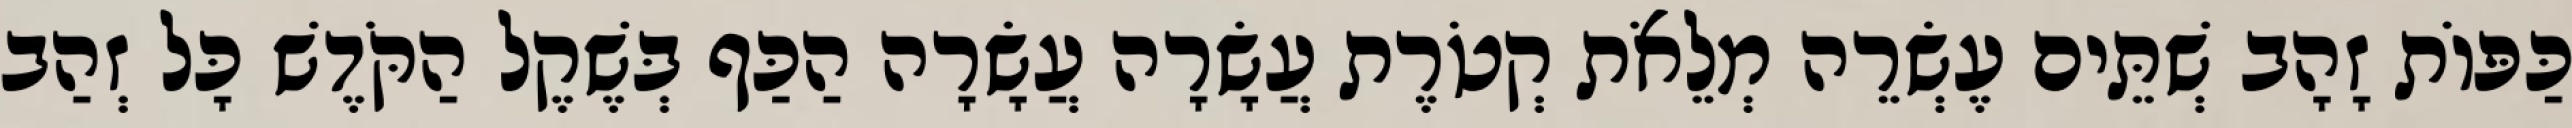
כַּפּוֹת זָהָב שְׁתֵּים עֶשְׂרֵה מְלֵאֹת קְטֹרֶת עֲשָׂרָה עֲשָׂרָה הַכַּף בְּשֶׁקֶל הַקֹּדֶשׁ כָּל זְהַב